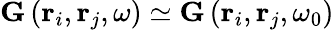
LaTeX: \mathbf{G}\left(\mathbf{r}_{i},\mathbf{r}_{j},\omega\right)\simeq\mathbf{G}\left(\mathbf{r}_{i},\mathbf{r}_{j},\omega_{0}\right)